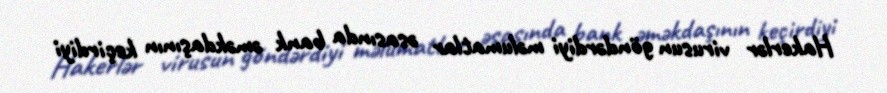
Hakerlər virusun göndərdiyi məlumatlar əsasında bank əməkdaşının keçirdiyi